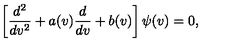
\left[ \frac { d ^ { 2 } } { d v ^ { 2 } } + a ( v ) \frac { d } { d v } + b ( v ) \right] \psi ( v ) = 0 ,